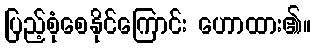
ပြည့်စုံစေနိုင်ကြောင်း ဟောထား၏။